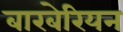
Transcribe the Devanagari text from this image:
बारबेरियन